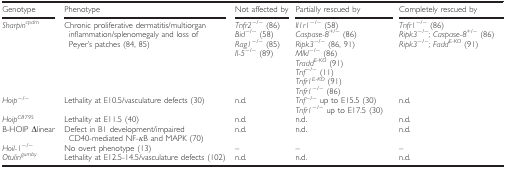
| Genotype | Phenotype | Not affected by | Partially rescued by | Completely rescued by |
 | --- | --- | --- | --- | --- |
 | <ROWSPAN=8> Sharpincpdm | <ROWSPAN=8> Chronic proliferative dermatitis/multiorgan inflammation/splenomegaly and loss of Peyer's patches 84, 85 | Tnfr2−/−86 | Il1r1−/−58 | Tnfr1−/−86 |
 | Bid−/−58 | Caspase‐8+/−86 | Ripk3−/−; Caspase‐8+/−86 |
 | Rag1−/−85 | Ripk3−/−86, 91 | Ripk3−/−; FaddE‐KO91 |
 | Il‐5−/−89 | Mlkl−/−86 |  |
 |  | TraddE‐KO91 |  |
 |  | Tnf−/−11 |  |
 |  | Tnfr1E‐KO91 |  |
 |  | Tnfr1−/−86 |  |
 | <ROWSPAN=2> Hoip−/− | <ROWSPAN=2> Lethality at E10.5/vasculature defects 30 | <ROWSPAN=2> n.d. | Tnf−/− up to E15.5 30 | <ROWSPAN=2> n.d. |
 | Tnfr1−/− up to E17.5 30 |
 | HoipC879S | Lethality at E11.5 40 | n.d. | n.d. | n.d. |
 | B‐HOIP Δlinear | Defect in B1 development/impaired CD40‐mediated NF‐κB and MAPK 70 | n.d. | n.d. | n.d. |
 | Hoil‐1−/− | No overt phenotype 13 | – | – | – |
 | Otulingumby | Lethality at E12.5‐14.5/vasculature defects 102 | n.d. | n.d. | n.d. |